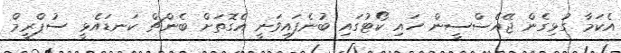
އެކަމާ ގުޅިގެން ޖޭއެސްސީން ހައި ކޯޓުގައި ބުނެފައިވަނީ އެގޮތަށް ބެންޗް ކަނޑައެޅީ ސުޕްރީމް